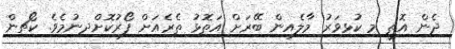
ދެން އޮތީ މި ކުޅިވަރު މާލެއިން ބޭރަށް އަތޮޅު ތެރެއަށް ފޯރުކޮށްދިނުމެވެ. ކޯޗިން